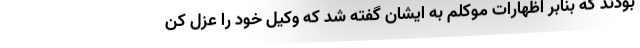
بودند كه بنابر اظهارات موكلم به ايشان گفته شد كه وكيل خود را عزل كن